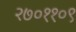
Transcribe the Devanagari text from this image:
२७०११०९